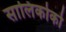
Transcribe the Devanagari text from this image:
सालिकोको